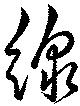
線